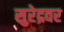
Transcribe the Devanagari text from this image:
सुरेद्रवर